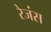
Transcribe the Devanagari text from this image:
रेजंस